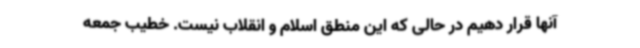
آنها قرار دهیم در حالی که این منطق اسلام و انقلاب نیست. خطیب جمعه